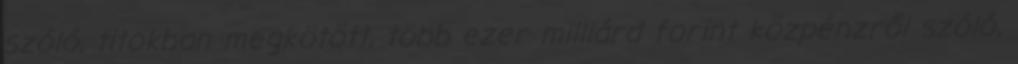
szóló, titokban megkötött, több ezer milliárd forint közpénzről szóló,